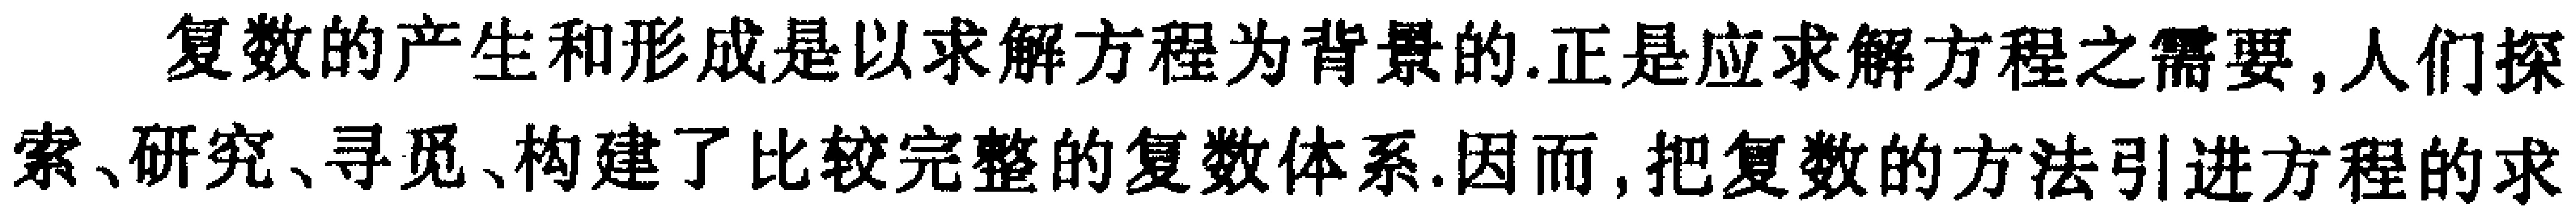
复数的产生和形成是以求解方程为背景的.正是应求解方程之需要,人们探索、研究、寻觅、构建了比较完整的复数体系.因而,把复数的方法引进方程的求